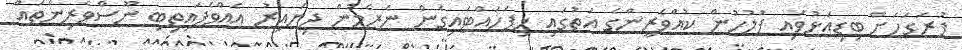
ފުރަގަހަށް ބިޑިއަޅުވައި ފުލުހުން ކުއްވެރީންގެ އަތުގައި ހިފަހައްޓައިގެން ނެރެމުން ދިޔައިރު އެއްވެފައިތިބި ނޫސްވެރިންތައް